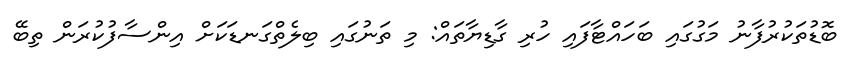
ބޮޑުތަކުރުފާނު މަގުގައި ބަހައްޓާފައި ހުރި ގާޑިޔާތައް: މި ތަނުގައި ބިލެތްގަނޑަކަށް އިންސާފުކުރަން ތިބޭ